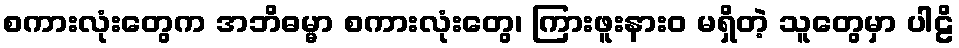
စကားလုံးတွေက အဘိဓမ္မာ စကားလုံးတွေ၊ ကြားဖူးနားဝ မရှိတဲ့ သူတွေမှာ ပါဠိ